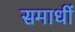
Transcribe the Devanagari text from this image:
समाधीं